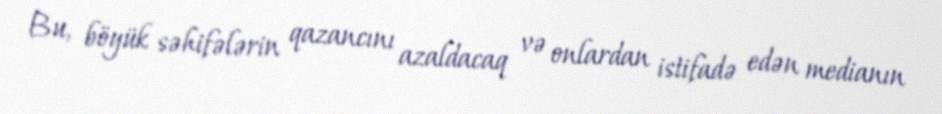
Bu, böyük səhifələrin qazancını azaldacaq və onlardan istifadə edən medianın